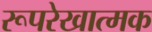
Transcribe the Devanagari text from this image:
रूपरेखात्मक